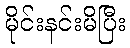
မိုင်းနင်းမိပြီး